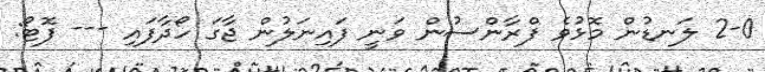
2-0 ލަނޑުން މޮޅުވެ ފްރާންސުން ވަނީ ފައިނަލުން ޖާގަ ހޯދާފައި --- ފޮޓޯ: